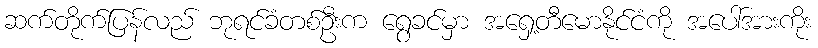
ဆက်တိုက်ပြန်လည် ဘုရင်ခံတစ်ဦးက ရွေခင်မှာ အရှေ့တီမောနိုင်ငံကို အပေါ်အားကိုး